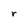
Character: r